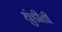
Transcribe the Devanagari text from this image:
धुंडीती